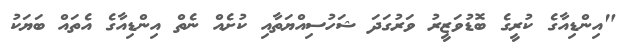
"އިންޑިއާގެ ކުރީގެ ބޮޑުވަޒީރު ވަރުގަދަ ޝަހުސިއްޔަތާއި ކުށެއް ނެތް އިންޑިއާގެ އެތައް ބަޔަކު